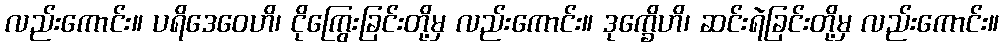
လည်းကောင်း။ ပရိဒေဝေဟိ၊ ငိုကြွေးခြင်းတို့မှ လည်းကောင်း။ ဒုက္ခေိဟိ၊ ဆင်းရဲခြင်းတို့မှ လည်းကောင်း။